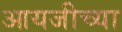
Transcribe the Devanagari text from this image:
आयजीच्या